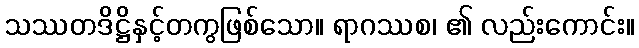
သဿတဒိဋ္ဌိနှင့်တကွဖြစ်သော။ ရာဂဿစ၊ ၏ လည်းကောင်း။